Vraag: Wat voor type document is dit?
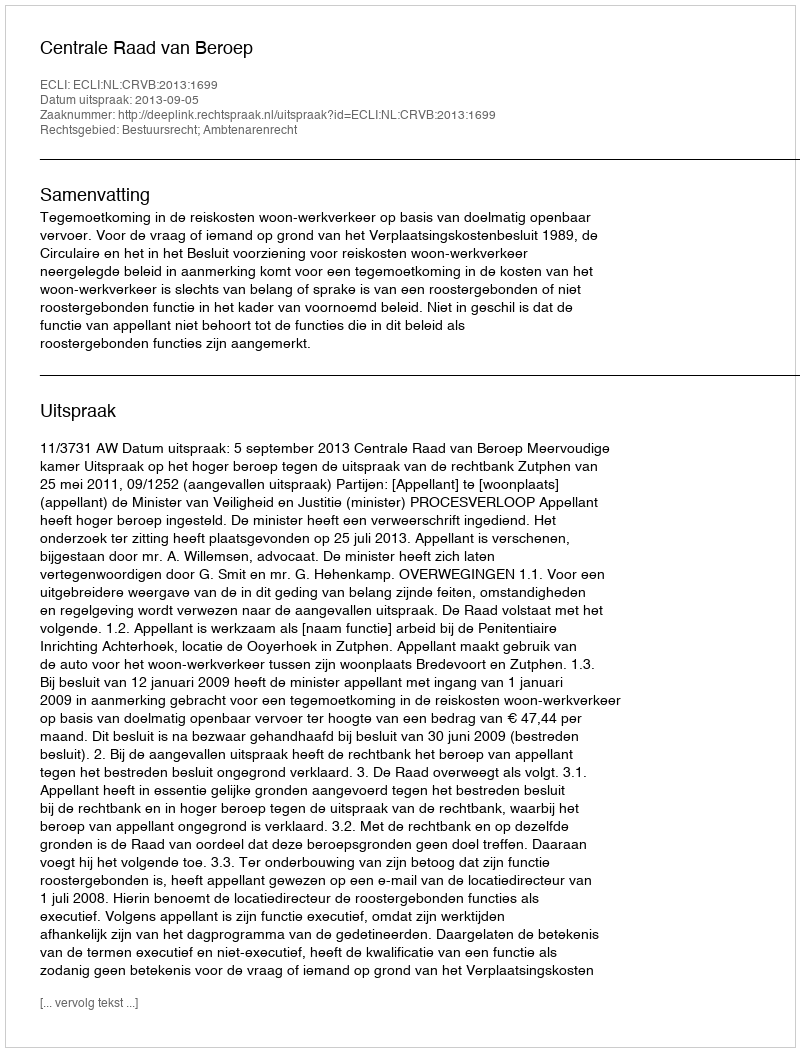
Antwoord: Uitspraak